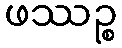
ဖဿဉ္စ